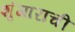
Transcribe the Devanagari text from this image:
शृंगाराची